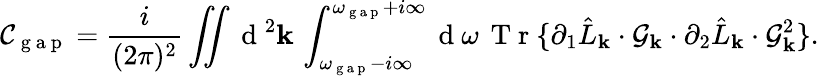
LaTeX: \mathcal{C}_{\mathrm{~g~a~p~}}=\frac{i}{(2\pi)^{2}}\iint\mathrm{~d~}^{2}\textbf{k}\, \int_{\omega_{\mathrm{~g~a~p~}}-i\infty}^{\omega_{\mathrm{~g~a~p~}}+i\infty}\mathrm{~d~}\omega\, \mathrm{~T~r~}\{ \partial_{1}\hat{L}_{\mathbf{k}}\cdot\mathcal{G}_{\mathbf{k}}\cdot\partial_{2}\hat{L}_{\mathbf{k}}\cdot\mathcal{G}_{\mathbf{k}}^{2}\} .